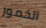
الخمور